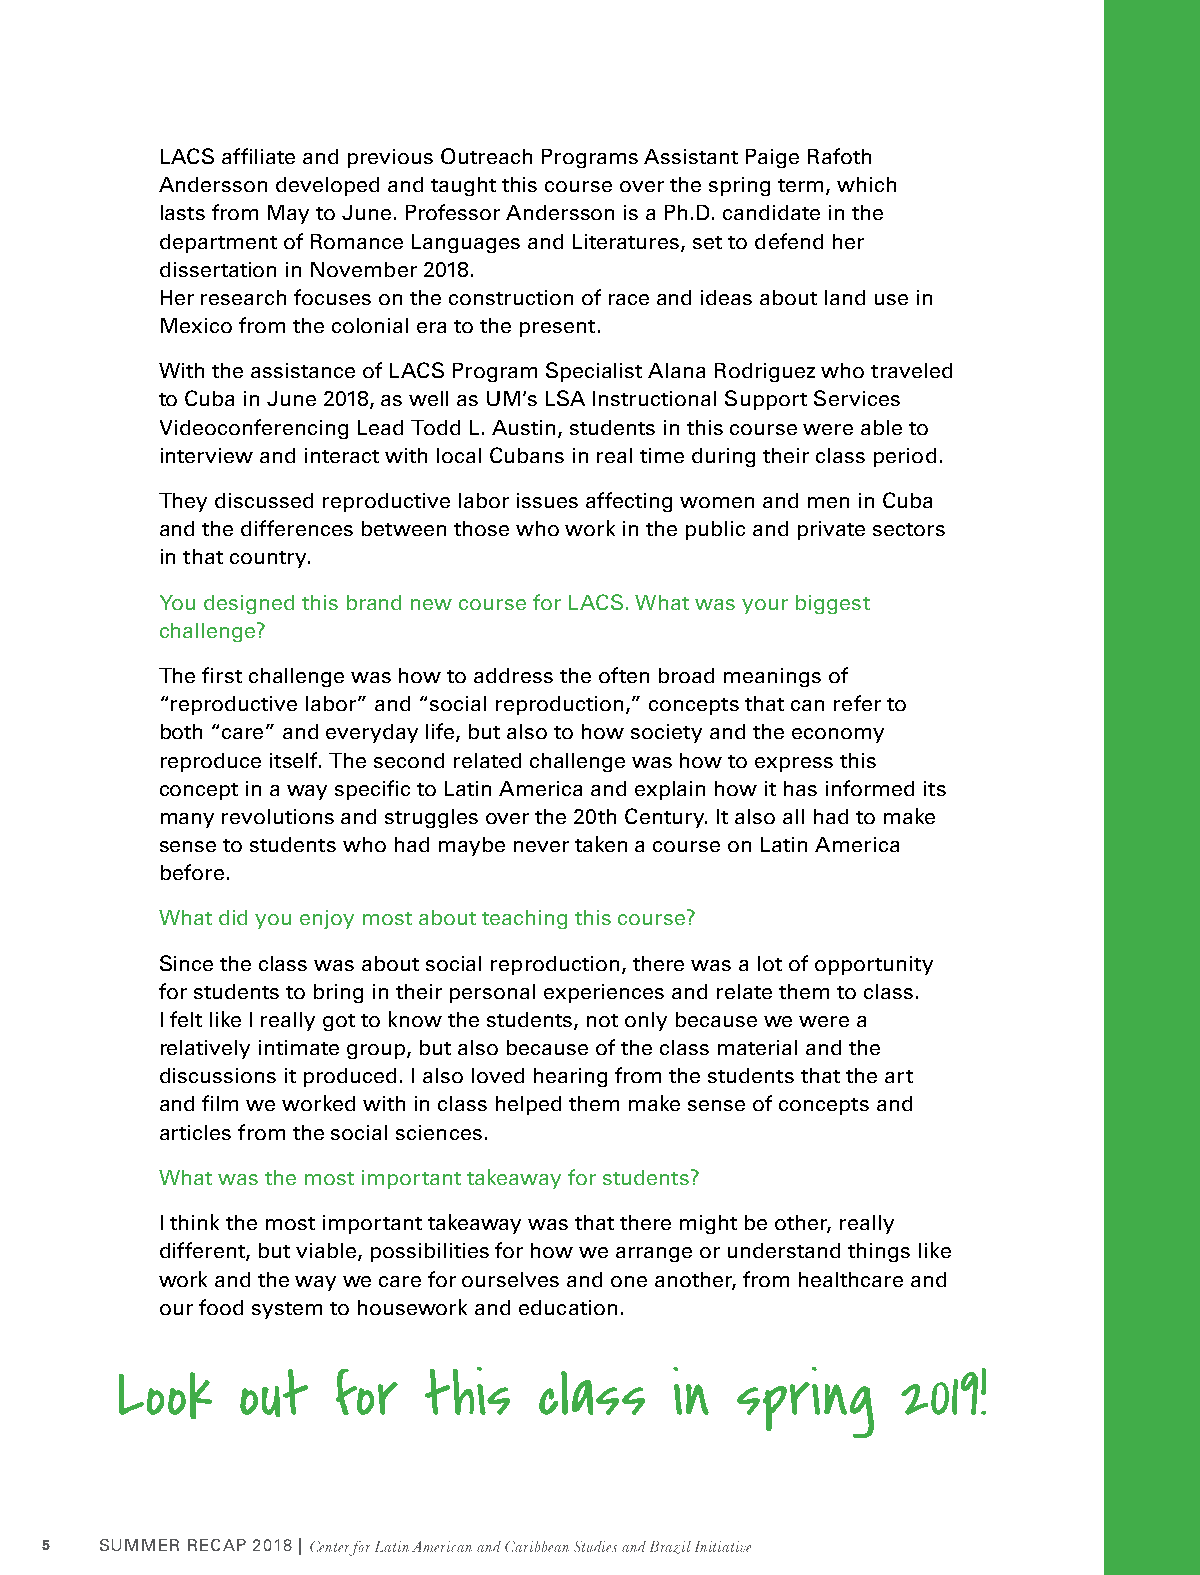
LACS affiliate and previous Outreach Programs Assistant Paige Rafoth
 Andersson developed and taught this course over the spring term, which
 lasts from May to June. Professor Andersson is a Ph.D. candidate in the
 department of Romance Languages and Literatures, set to defend her
 dissertation in November 2018.
 Her research focuses on the construction of race and ideas about land use in
 Mexico from the colonial era to the present.
 With the assistance of LACS Program Specialist Alana Rodriguez who traveled
 to Cuba in June 2018, as well as UM’s LSA Instructional Support Services
 Videoconferencing Lead Todd L. Austin, students in this course were able to
 interview and interact with local Cubans in real time during their class period.
 They discussed reproductive labor issues affecting women and men in Cuba
 and the differences between those who work in the public and private sectors
 in that country.
 You designed this brand new course for LACS. What was your biggest
 challenge?
 The first challenge was how to address the often broad meanings of
 “reproductive labor” and “social reproduction,” concepts that can refer to
 both “care” and everyday life, but also to how society and the economy
 reproduce itself. The second related challenge was how to express this
 concept in a way specific to Latin America and explain how it has informed its
 many revolutions and struggles over the 20th Century. It also all had to make
 sense to students who had maybe never taken a course on Latin America
 before.
 What did you enjoy most about teaching this course?
 Since the class was about social reproduction, there was a lot of opportunity
 for students to bring in their personal experiences and relate them to class.
 I felt like I really got to know the students, not only because we were a
 relatively intimate group, but also because of the class material and the
 discussions it produced. I also loved hearing from the students that the art
 and film we worked with in class helped them make sense of concepts and
 articles from the social sciences.
 What was the most important takeaway for students?
 I think the most important takeaway was that there might be other, really
 different, but viable, possibilities for how we arrange or understand things like
 work and the way we care for ourselves and one another, from healthcare and
 our food system to housework and education.
 Look    out   for   this    class    in  spring     2019!
 5   SUMMER RECAP 2018 |Center for Latin American and Caribbean Studies and Brazil Initiative